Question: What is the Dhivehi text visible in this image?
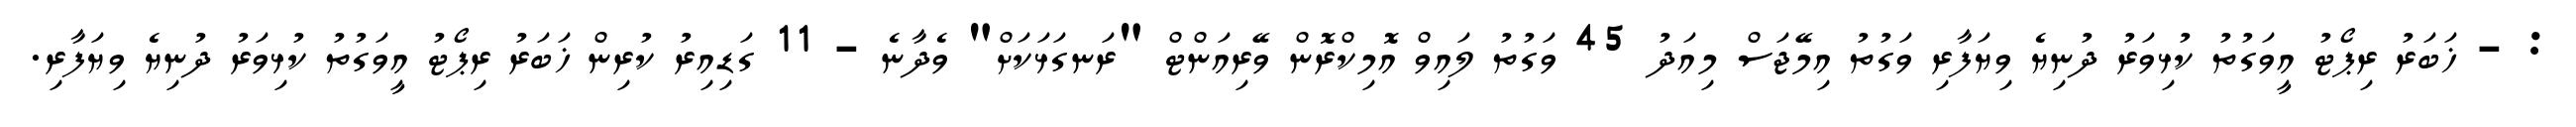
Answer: : - ޚަބަރު ރިޕޯޓު އީވަގުތު ކުޅިވަރު ދުނިޔެ ވިޔަފާރި ވަގުތު އިމޭޖަސް މިއަދު 45 ވަގުތު ލައިވް އޮމިކްރޮން ވޭރިއަންޓް "ރަނގަޅަކަށް" ވެދާނެ - 11 ގަޑިއިރު ކުރިން ޚަބަރު ރިޕޯޓު އީވަގުތު ކުޅިވަރު ދުނިޔެ ވިޔަފާރި.